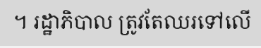
។ រដ្ឋាភិបាល ត្រូវតែឈរទៅលើ